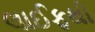
લાઈફથી